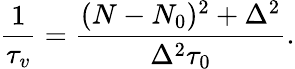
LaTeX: \frac{1}{\tau_{v}}=\frac{(N-N_{0})^{2}+\Delta^{2}}{\Delta^{2}\tau_{0}}.